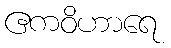
ဧကဝိဟာရေ